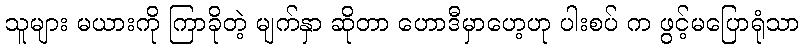
သူများ မယားကို ကြာခိုတဲ့ မျက်နှာ ဆိုတာ ဟောဒီမှာဟေ့ဟု ပါးစပ် က ဖွင့်မပြောရုံသာ